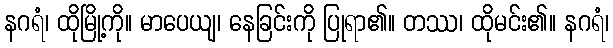
နဂရံ၊ ထိုမြို့ကို။ မာပေယျ၊ နေခြင်းကို ပြုရာ၏။ တဿ၊ ထိုမင်း၏။ နဂရံ၊